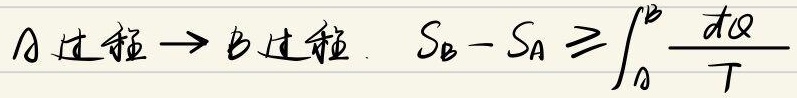
\(A\)过程\(\to B\)过程，\(S_{B}-S_{A} \geqslant\int_{A}^{B} \frac{dQ}{T}\)